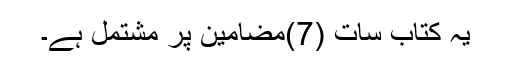
یہ کتاب سات (7)مضامین پر مشتمل ہے۔